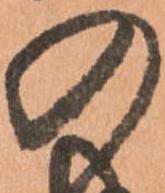
の